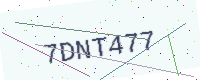
Text: 7DNT477